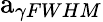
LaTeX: \mathrm{a}_{\gamma FWHM}